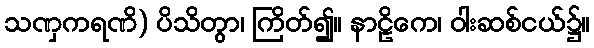
သဏှကရဏိ) ပိသိတွာ၊ ကြိတ်၍။ နာဠိကေ၊ ဝါးဆစ်ငယ်၌။